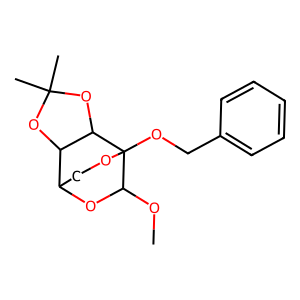
SMILES: COC1OC2COC1(OCc1ccccc1)C1OC(C)(C)OC21
Inhibits HIV replication: No